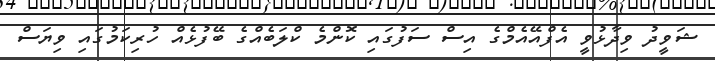
ޝަވީދު ވިދާޅުވީ އެފްއޭއެމްގެ އިސް ސަފުގައި ކޮންމެ ކްލަބެއްގެ ބޭފުޅެއް ހުރިކަމުގައި ވިޔަސް